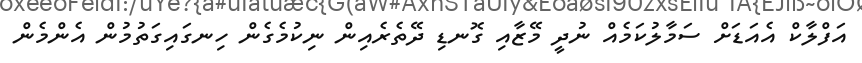
އަފްލާކް އެއަޑަށް ސަމާލުކަމެއް ނުދީ މޭޒާއި ގޮނޑި ދޭތެރެއިން ނިކުމެގެން ހިނގައިގަތުމުން އެންމެން